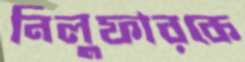
নিলুফারকে